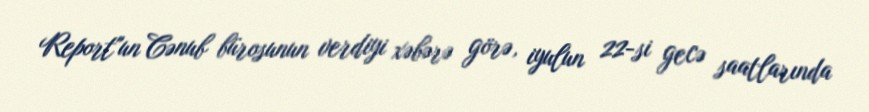
Report"un Cənub bürosunun verdiyi xəbərə görə, iyulun 22-si gecə saatlarında